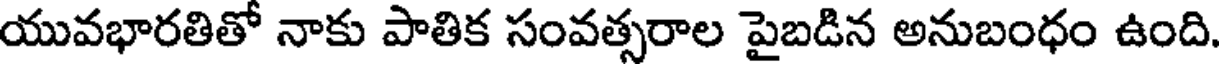
యువభారతితో నాకు పాతిక సంవత్సరాల పైబడిన అనుబంధం ఉంది